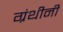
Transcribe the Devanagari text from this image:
ग्रंथीनी